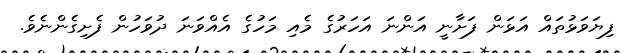
ފިޔަވަޅުތައް އަޅަން ފަށާނީ އަންނަ އަހަރުގެ މެއި މަހުގެ އެއްވަނަ ދުވަހުން ފެށިގެންނެވެ.